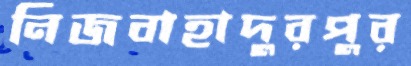
নিজবাহাদুরপুর